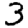
Digit: 3